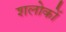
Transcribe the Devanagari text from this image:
शलोकों